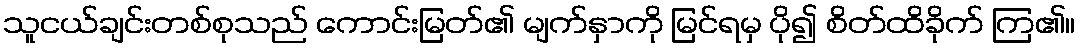
သူငယ်ချင်းတစ်စုသည် ကောင်းမြတ်၏ မျက်နှာကို မြင်ရမှ ပို၍ စိတ်ထိခိုက် ကြ၏။